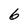
Character: 6